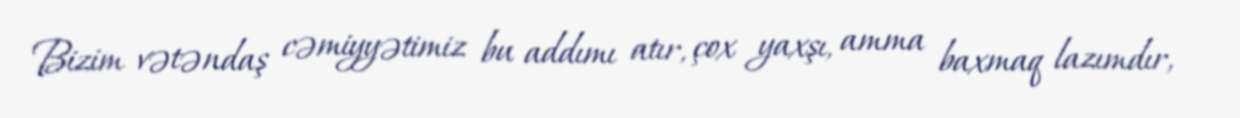
Bizim vətəndaş cəmiyyətimiz bu addımı atır, çox yaxşı, amma baxmaq lazımdır,